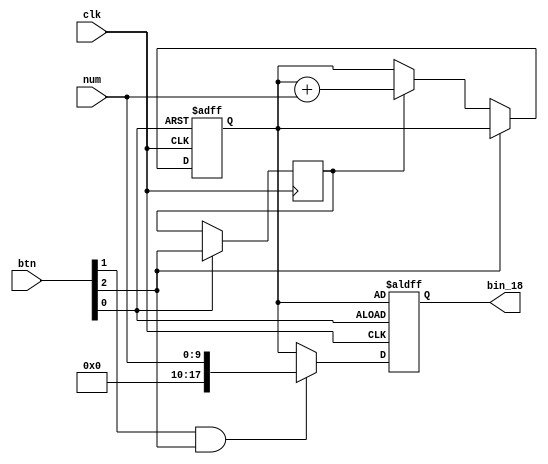
module Adder(
	input wire clk,
	input wire [9:0] num,
	input wire [2:0] btn,
	output reg [17:0] bin_18
);
	reg [17:0] temp = 18'b0;// 
	reg add_prev;
	always @(posedge clk or negedge btn[0]) begin
		if(btn[0] == 0)begin
			temp <= 'b0;
			bin_18 <= temp;
		end else begin

			if (~btn[2])begin
				if(add_prev) begin
				temp <= temp + {8'b0, num};
				end
			end

			if(btn[1] & btn[2])begin
				bin_18 <= {8'b0, num};
			end else begin
				bin_18 <= temp;
			end
			add_prev <= btn[2];
		end
	end

	
endmodule